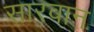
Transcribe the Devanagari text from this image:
सारवान